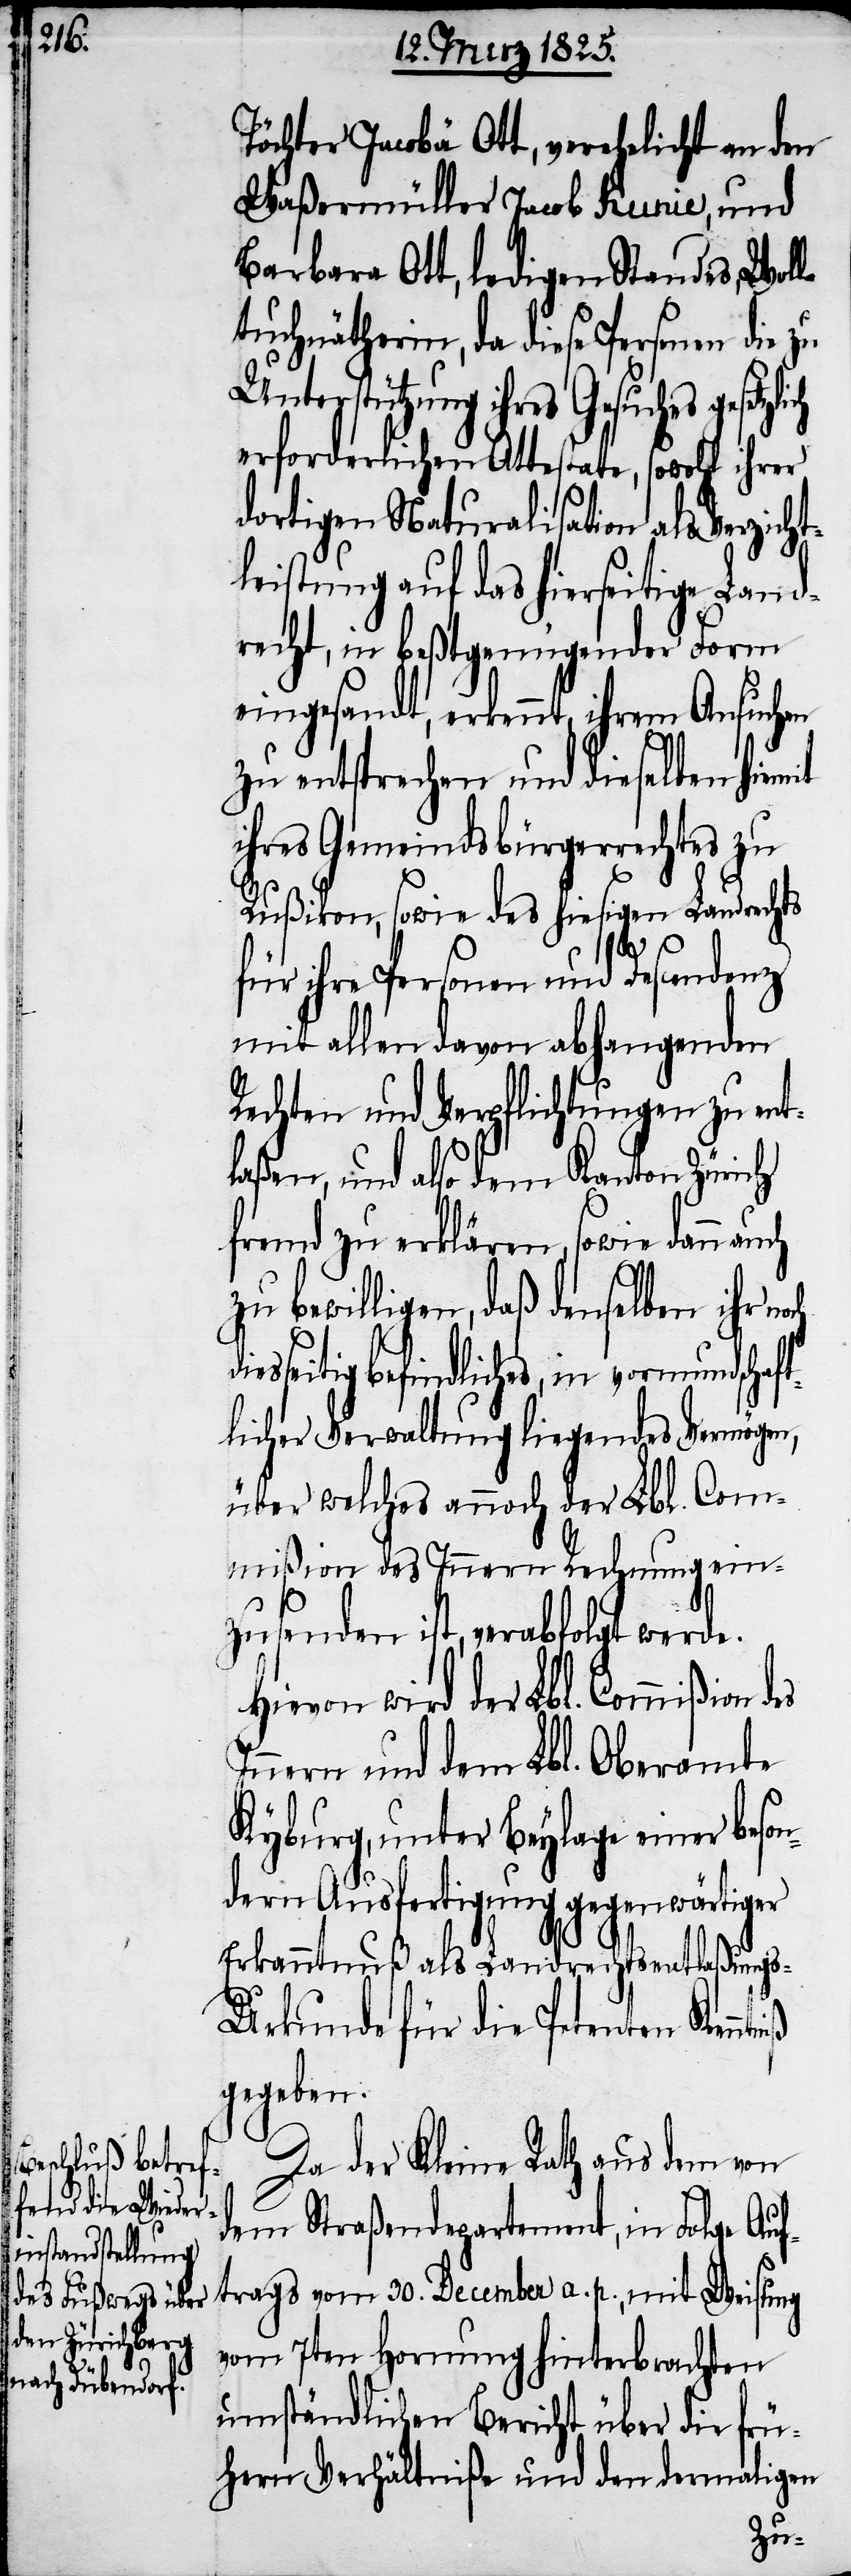
Töchter Jacobä Ott, verehelicht an den
Waßermüller Jacob Kunier, und
Barbara Ott, ledigen Standes, Wol¬
ltuchnätherin, da diese Personen die zu
Unterstützung ihres Gesuches
erforderlichen Attestate, sowohl ihrer
dortigen Naturalisation als Verzicht¬
leistung auf das hierseitige Land¬
recht, in beßtgenügender Form
eingesandt, erkennt, ihrem Ansuchen
zu entsprechen und dieselben hiemit
ihres Gemeindsbürgerrechtes zu
Rußikon, sowie des hiesigen Landrechts
iß
für ihre Personen und Descendenz
mit allen davon abhangenden
Rechten und Verpflichtungen zu ent¬
laßen, und also dem Kanton Zürich
fremd zu erklären, sowie dann
zu bewilligen, daß denselben ihr
eitig befindliches, in vormundschaf¬
tlicher Verwaltung liegendes Vermögen,
über welches annoch der Lbl. Com¬
mißion des Innern Rechnung ein¬
zusenden ist, verabfolgt werde.
Hievon wird der Lbl. Commißion
Innern und dem Lbl. Oberamte
Kyburg, unter Beylage einer beson¬
dern Ausfertigung gegenwärtiger
Erkanntnuß als Landrechtsentlaßungs-U¬
rkunde für die Petenten Kenntn¬
gegeben.
Da der Kleine Rath aus dem von
dem Straßendepartement, in Folge Auf¬
trags vom 30. December a. p., mit Weisung
vom 7ten Hornung hinterbrachten
umständlichen Bericht über die frü¬
hern Verhältniße und den dermaligen